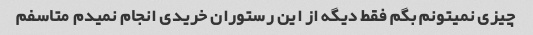
چیزی نمیتونم بگم فقط دیگه از این رستوران خریدی انجام نمیدم متاسفم